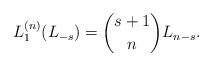
LaTeX: \begin{align*} L_{1}^{(n)}(L_{-s})=\binom{s+1}{n}L_{n-s}.\end{align*}